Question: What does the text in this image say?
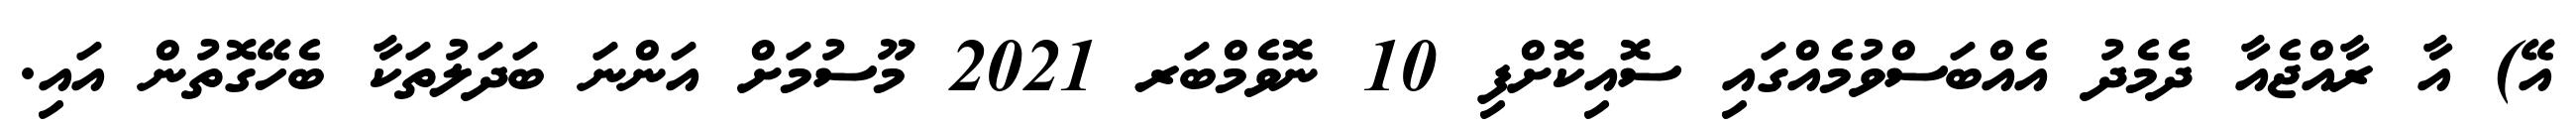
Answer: އޭ) އާ ރާއްޖެއާ ދެމެދު އެއްބަސްވުމެއްގައި ސޮއިކޮށްފި 10 ނޮވެމްބަރ 2021 މޫސުމަށް އަންނަ ބަދަލުތަކާ ބެހޭގޮތުން އައި.